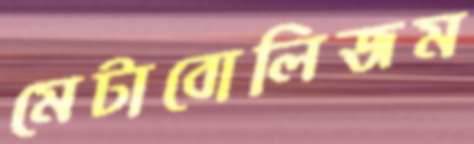
মেটাবোলিজম